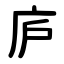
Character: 庐